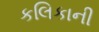
કલિકાની